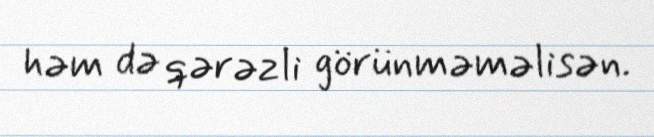
həm də qərəzli görünməməlisən.